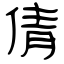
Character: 倩